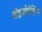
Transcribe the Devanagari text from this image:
वोइवोदेशिप